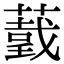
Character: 𦼺